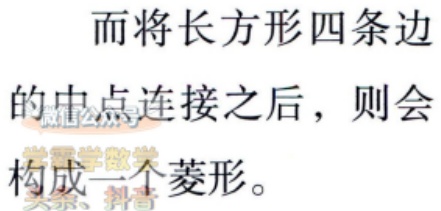
而将长方形四条边的中点连接之后，则会构成一个菱形。